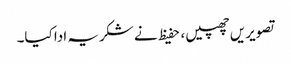
تصویریں چھپیں ، حفیظ نے شکریہ ادا کیا۔